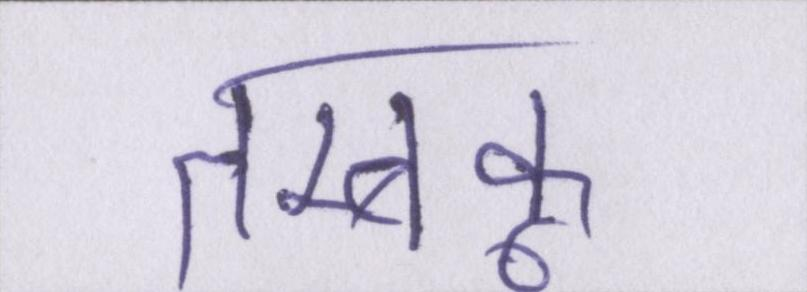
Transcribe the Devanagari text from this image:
तम्बाकू